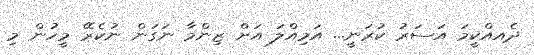
ދެއއްކީމަ އަސަރު ކުރަނީ... އަމިއްލަ އަށް ޒިންމާ ނަގަން ނުކެރޭ މީހުން މި